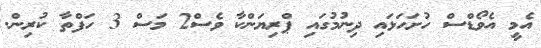
އެމީ އެވޯޑްސް ހުށަހަޅައި ދިނުމުގައި ޕްރިޔަންކާ ވެސް2 މަސް 3 ހަފްތާ ކުރިން.